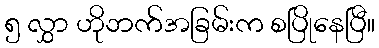
၅ လွှာ ဟိုဘက်အခြမ်းက စပြိုနေပြီ။